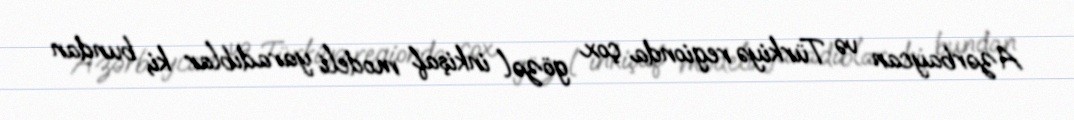
Azərbaycan və Türkiyə regionda çox gözəl inkişaf modeli yaradıblar ki, bundan